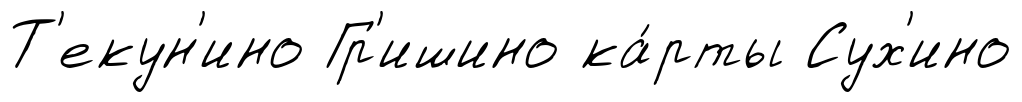
Т'екун'ино Гр'ишино ка́рты Сух'ино